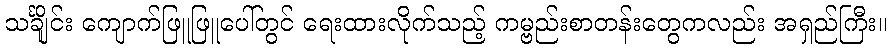
သင်္ချိုင်း ကျောက်ဖြူဖြူပေါ်တွင် ရေးထားလိုက်သည့် ကမ္ဗည်းစာတန်းတွေကလည်း အရှည်ကြီး။